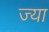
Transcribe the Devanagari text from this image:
ज्‍या